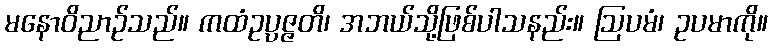
မနောဝိညာဉ်သည်။ ကထံဥပ္ပဇ္ဇတိ၊ အဘယ်သို့ဖြစ်ပါသနည်း။ ဩပမံ၊ ဥပမာကို။